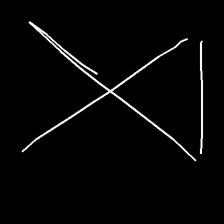
Glyph: collection